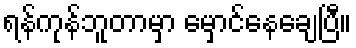
ရန်ကုန်ဘူတာမှာ မှောင်နေချေပြီ။